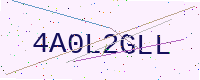
Text: 4A0L2GLL